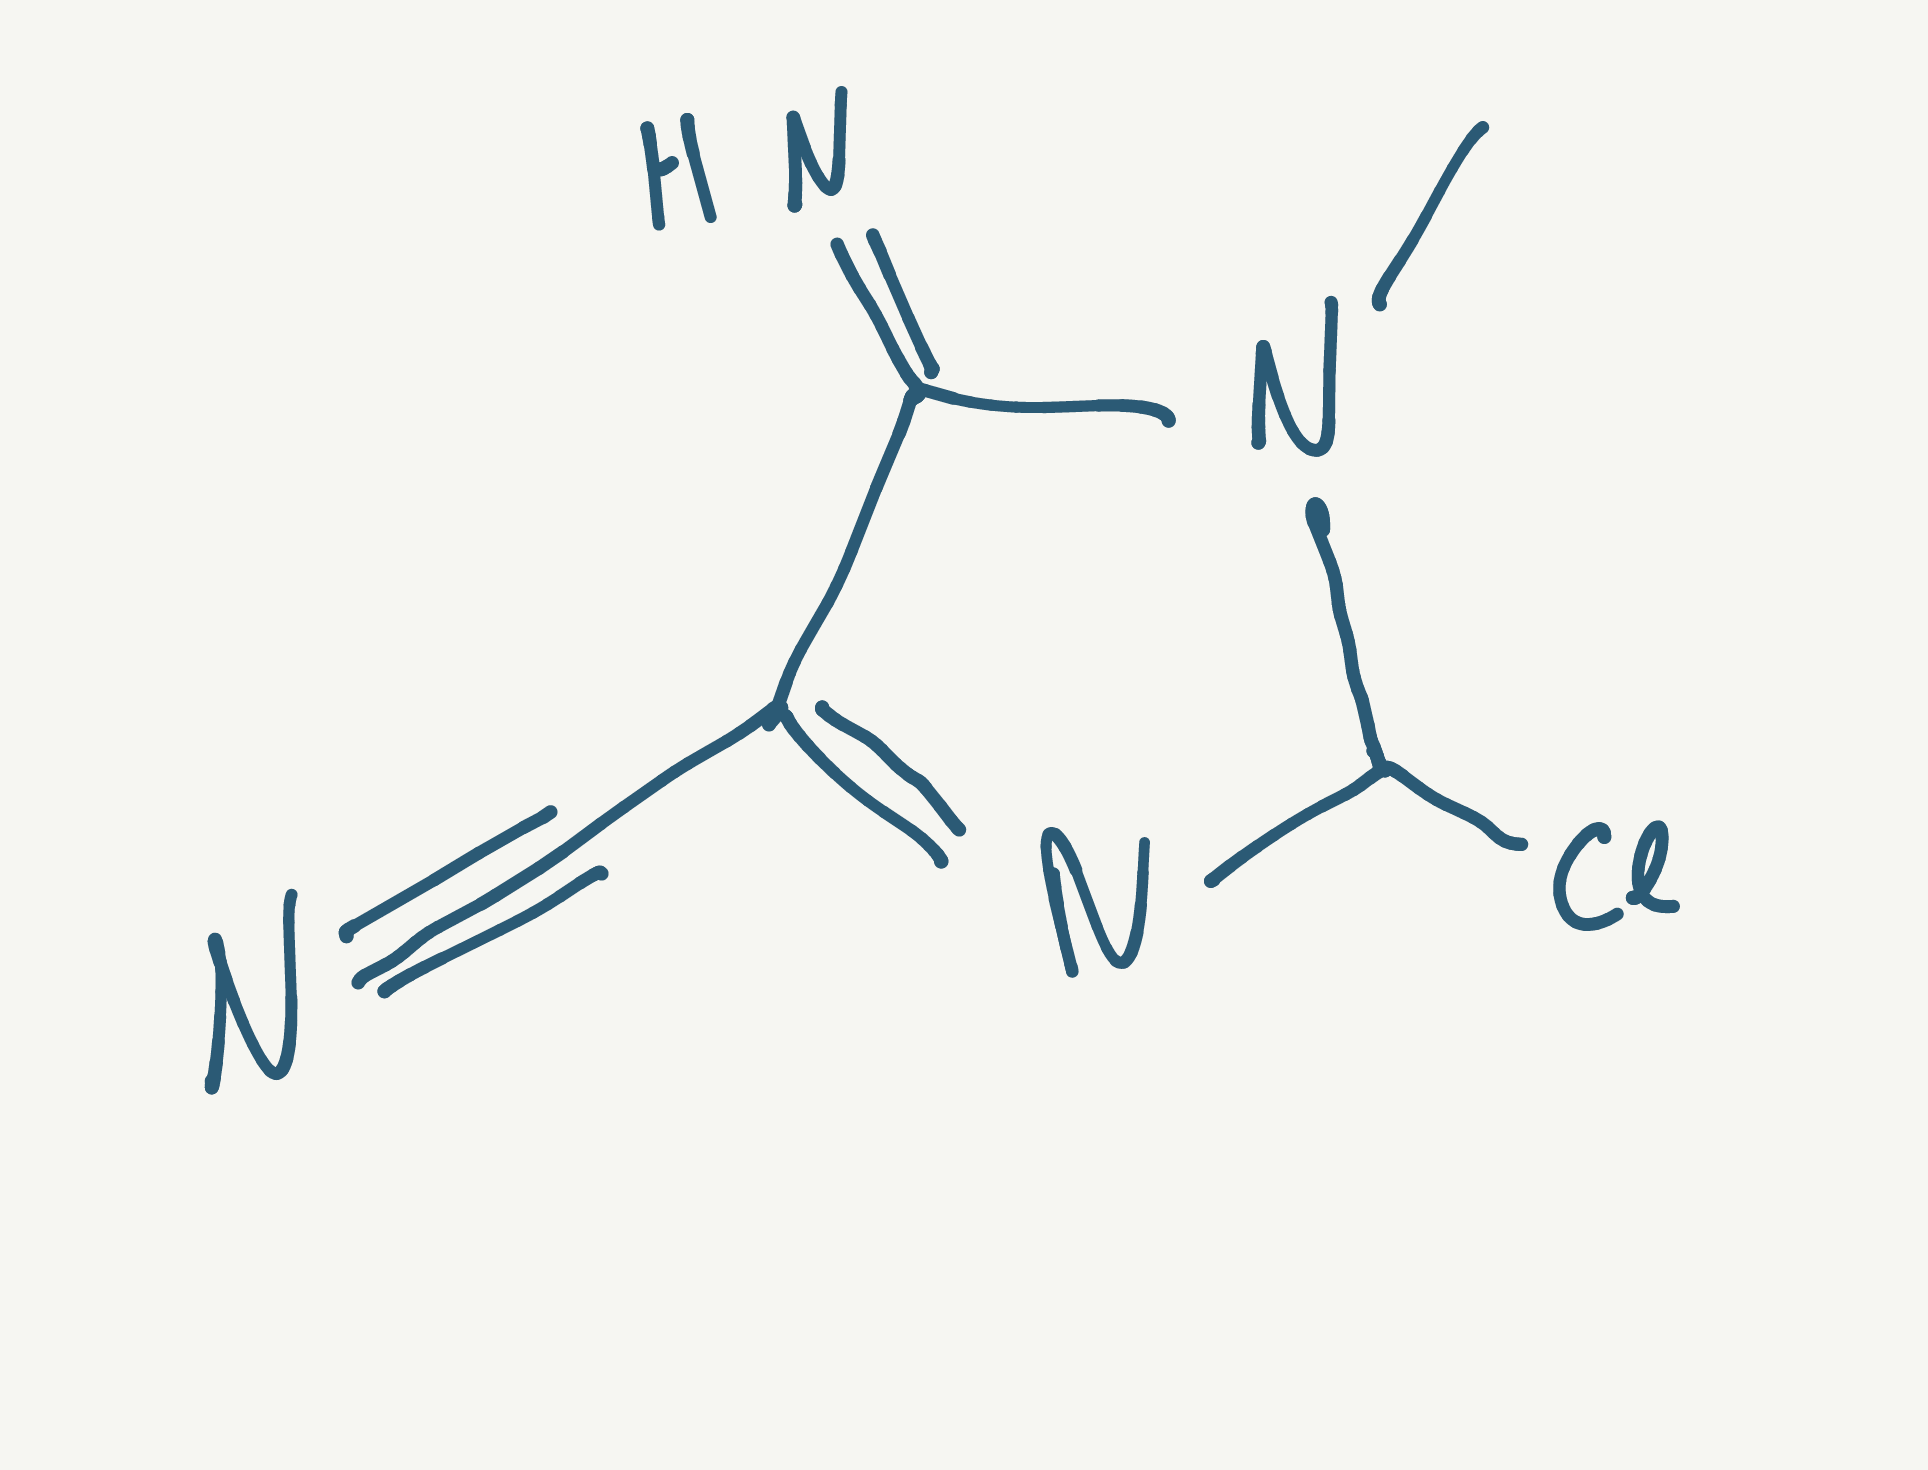
Simplified molecular-input line-entry system (SMILES) notation of the given molecule:
CN1C(N=C(C1=N)C#N)Cl